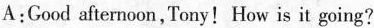
A:Good afternoon,Tony!How is it going?